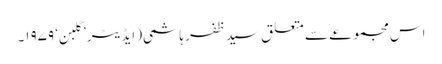
اس مجموعے سے متعلق سید ظفر ہاشمی( ایڈیٹر ’گلبن‘ ۱۹۷۹۔